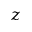
z